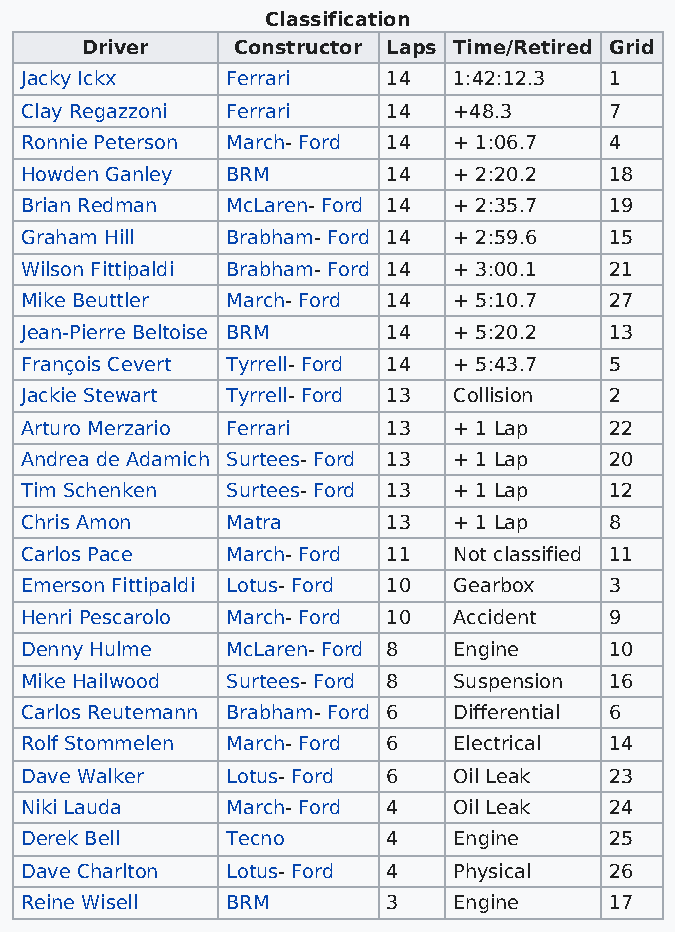
Classification
 Driver     Constructor Laps Time/Retired Grid
 Jacky Ickx    Ferrari    14  1:42:12.3 1
 Clay Regazzoni Ferrari   14  +48.3     7
 Ronnie Peterson March- Ford 14 + 1:06.7 4
 Howden Ganley BRM        14  + 2:20.2  18
 Brian Redman  McLaren- Ford 14 + 2:35.7 19
 Graham Hill   Brabham- Ford 14 + 2:59.6 15
 Wilson Fittipaldi Brabham- Ford 14 + 3:00.1 21
 Mike Beuttler March- Ford 14 + 5:10.7  27
 Jean-Pierre Beltoise BRM 14  + 5:20.2  13
 François Cevert Tyrrell- Ford 14 + 5:43.7 5
 Jackie Stewart Tyrrell- Ford 13 Collision 2
 Arturo Merzario Ferrari  13  + 1 Lap   22
 Andrea de Adamich Surtees- Ford 13 + 1 Lap 20
 Tim Schenken  Surtees- Ford 13 + 1 Lap 12
 Chris Amon    Matra      13  + 1 Lap   8
 Carlos Pace   March- Ford 11 Not classified 11
 Emerson Fittipaldi Lotus- Ford 10 Gearbox 3
 Henri Pescarolo March- Ford 10 Accident 9
 Denny Hulme   McLaren- Ford 8 Engine   10
 Mike Hailwood Surtees- Ford 8 Suspension 16
 Carlos Reutemann Brabham- Ford 6 Differential 6
 Rolf Stommelen March- Ford 6 Electrical 14
 Dave Walker   Lotus- Ford 6  Oil Leak  23
 Niki Lauda    March- Ford 4  Oil Leak  24
 Derek Bell    Tecno      4   Engine    25
 Dave Charlton Lotus- Ford 4  Physical  26
 Reine Wisell  BRM        3   Engine    17